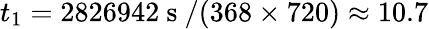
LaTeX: t_{1}=2826942\mathrm{~s~}/(368\times 720)\approx 10.7